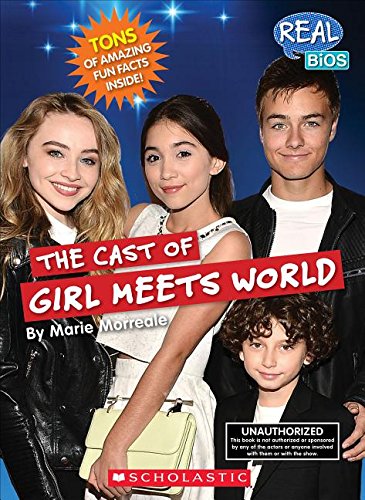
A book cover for The Cast of Girl Meets World (Real Bios); Marie Morreale; Children's Books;